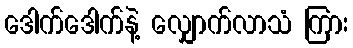
ဒေါက်ဒေါက်နဲ့ လျှောက်လာသံ ကြား